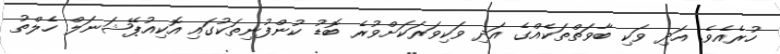
ހުރެއެވެ. އަދި ވަކި ބާވަތްތަކެއްގެ އަދި ވަކިވަރަކަށްވުރެ ބޮޑު ކުންފުނިތަކުގައި އޮކިއުޕޭޝަނަލް ހެލްތު